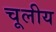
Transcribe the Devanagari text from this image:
चूलीय